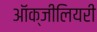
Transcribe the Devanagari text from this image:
ऑक्जीलियरी